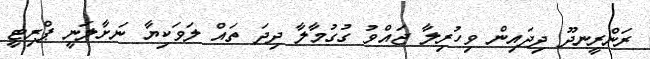
ރަންރީނދޫ ދިދައިން ވިހުރިލާ ޖައްވު ގުގުމާލާ ދިދަ ތައް ލަވަކިޔާ ނަށާލަނީ ޕްރިޓީ